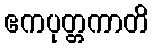
ဧကပုတ္တကာတိ